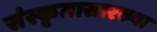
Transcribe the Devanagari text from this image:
संस्कृतासारख्या